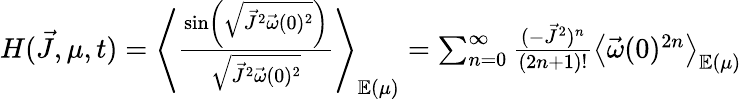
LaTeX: \begin{array}{r}{H(\vec{J},\mu,t)=\left\langle\frac{\sin\left(\sqrt{\vec{J}^{2}\vec{\omega}(0)^{2}}\right)}{\sqrt{\vec{J}^{2}\vec{\omega}(0)^{2}}}\right\rangle_{\mathbb E(\mu)}=\sum_{n=0}^{\infty}\frac{(-\vec{J}^{2})^{n}}{(2n+1)!}\left\langle\vec{\omega}(0)^{2n}\right\rangle_{\mathbb E(\mu)}}\end{array}